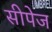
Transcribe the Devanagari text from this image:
सीपेज